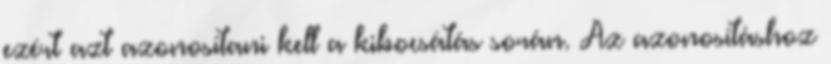
ezért azt azonosítani kell a kibocsátás során. Az azonosításhoz